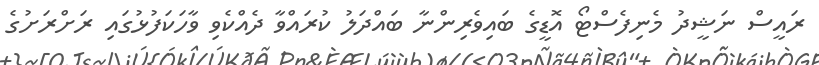
ރައީސް ނަޝީދު މެނިފެސްޓޯ އޮޑީގެ ބައިވެރިންނާ ބައްދަލު ކުރައްވާ ދެއްކެވި ވާހަކަފުޅުގައި ރަށްރަށުގެ